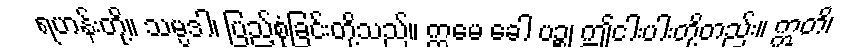
ရဟန်းတို့။ သမ္ပဒါ၊ ပြည့်စုံခြင်းတို့သည်။ ဣမေ ခေါ ပဉ္စ၊ ဤငါးပါးတို့တည်း။ ဣတိ၊